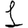
Digit: 1